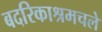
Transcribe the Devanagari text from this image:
बदरिकाश्रमचले